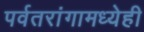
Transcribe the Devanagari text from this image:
पर्वतरांगामध्येही